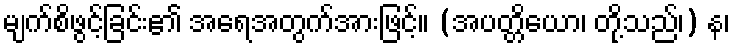
မျက်စိဖွင့်ခြင်း၏ အရေအတွက်အားဖြင့်။ (အပတ္တိယော၊ တို့သည်၊) န၊